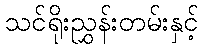
သင်ရိုးညွှန်းတမ်းနှင့်